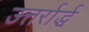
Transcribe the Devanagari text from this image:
उत्तर्रार्द्ध